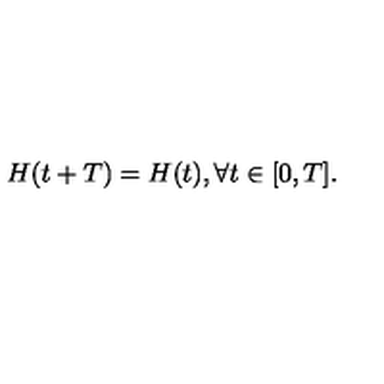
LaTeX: H ( t + T ) = H ( t ) , \forall t \in [ 0 , T ] .